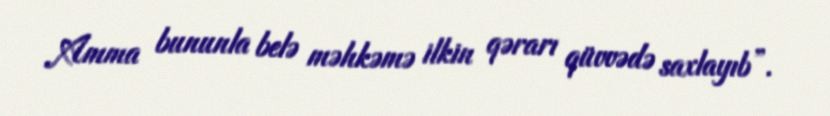
Amma bununla belə məhkəmə ilkin qərarı qüvvədə saxlayıb”.